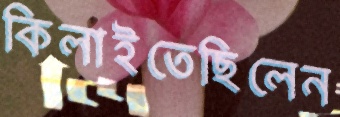
কিলাইতেছিলেন